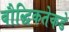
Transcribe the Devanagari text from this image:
बौद्धिकतेकडे